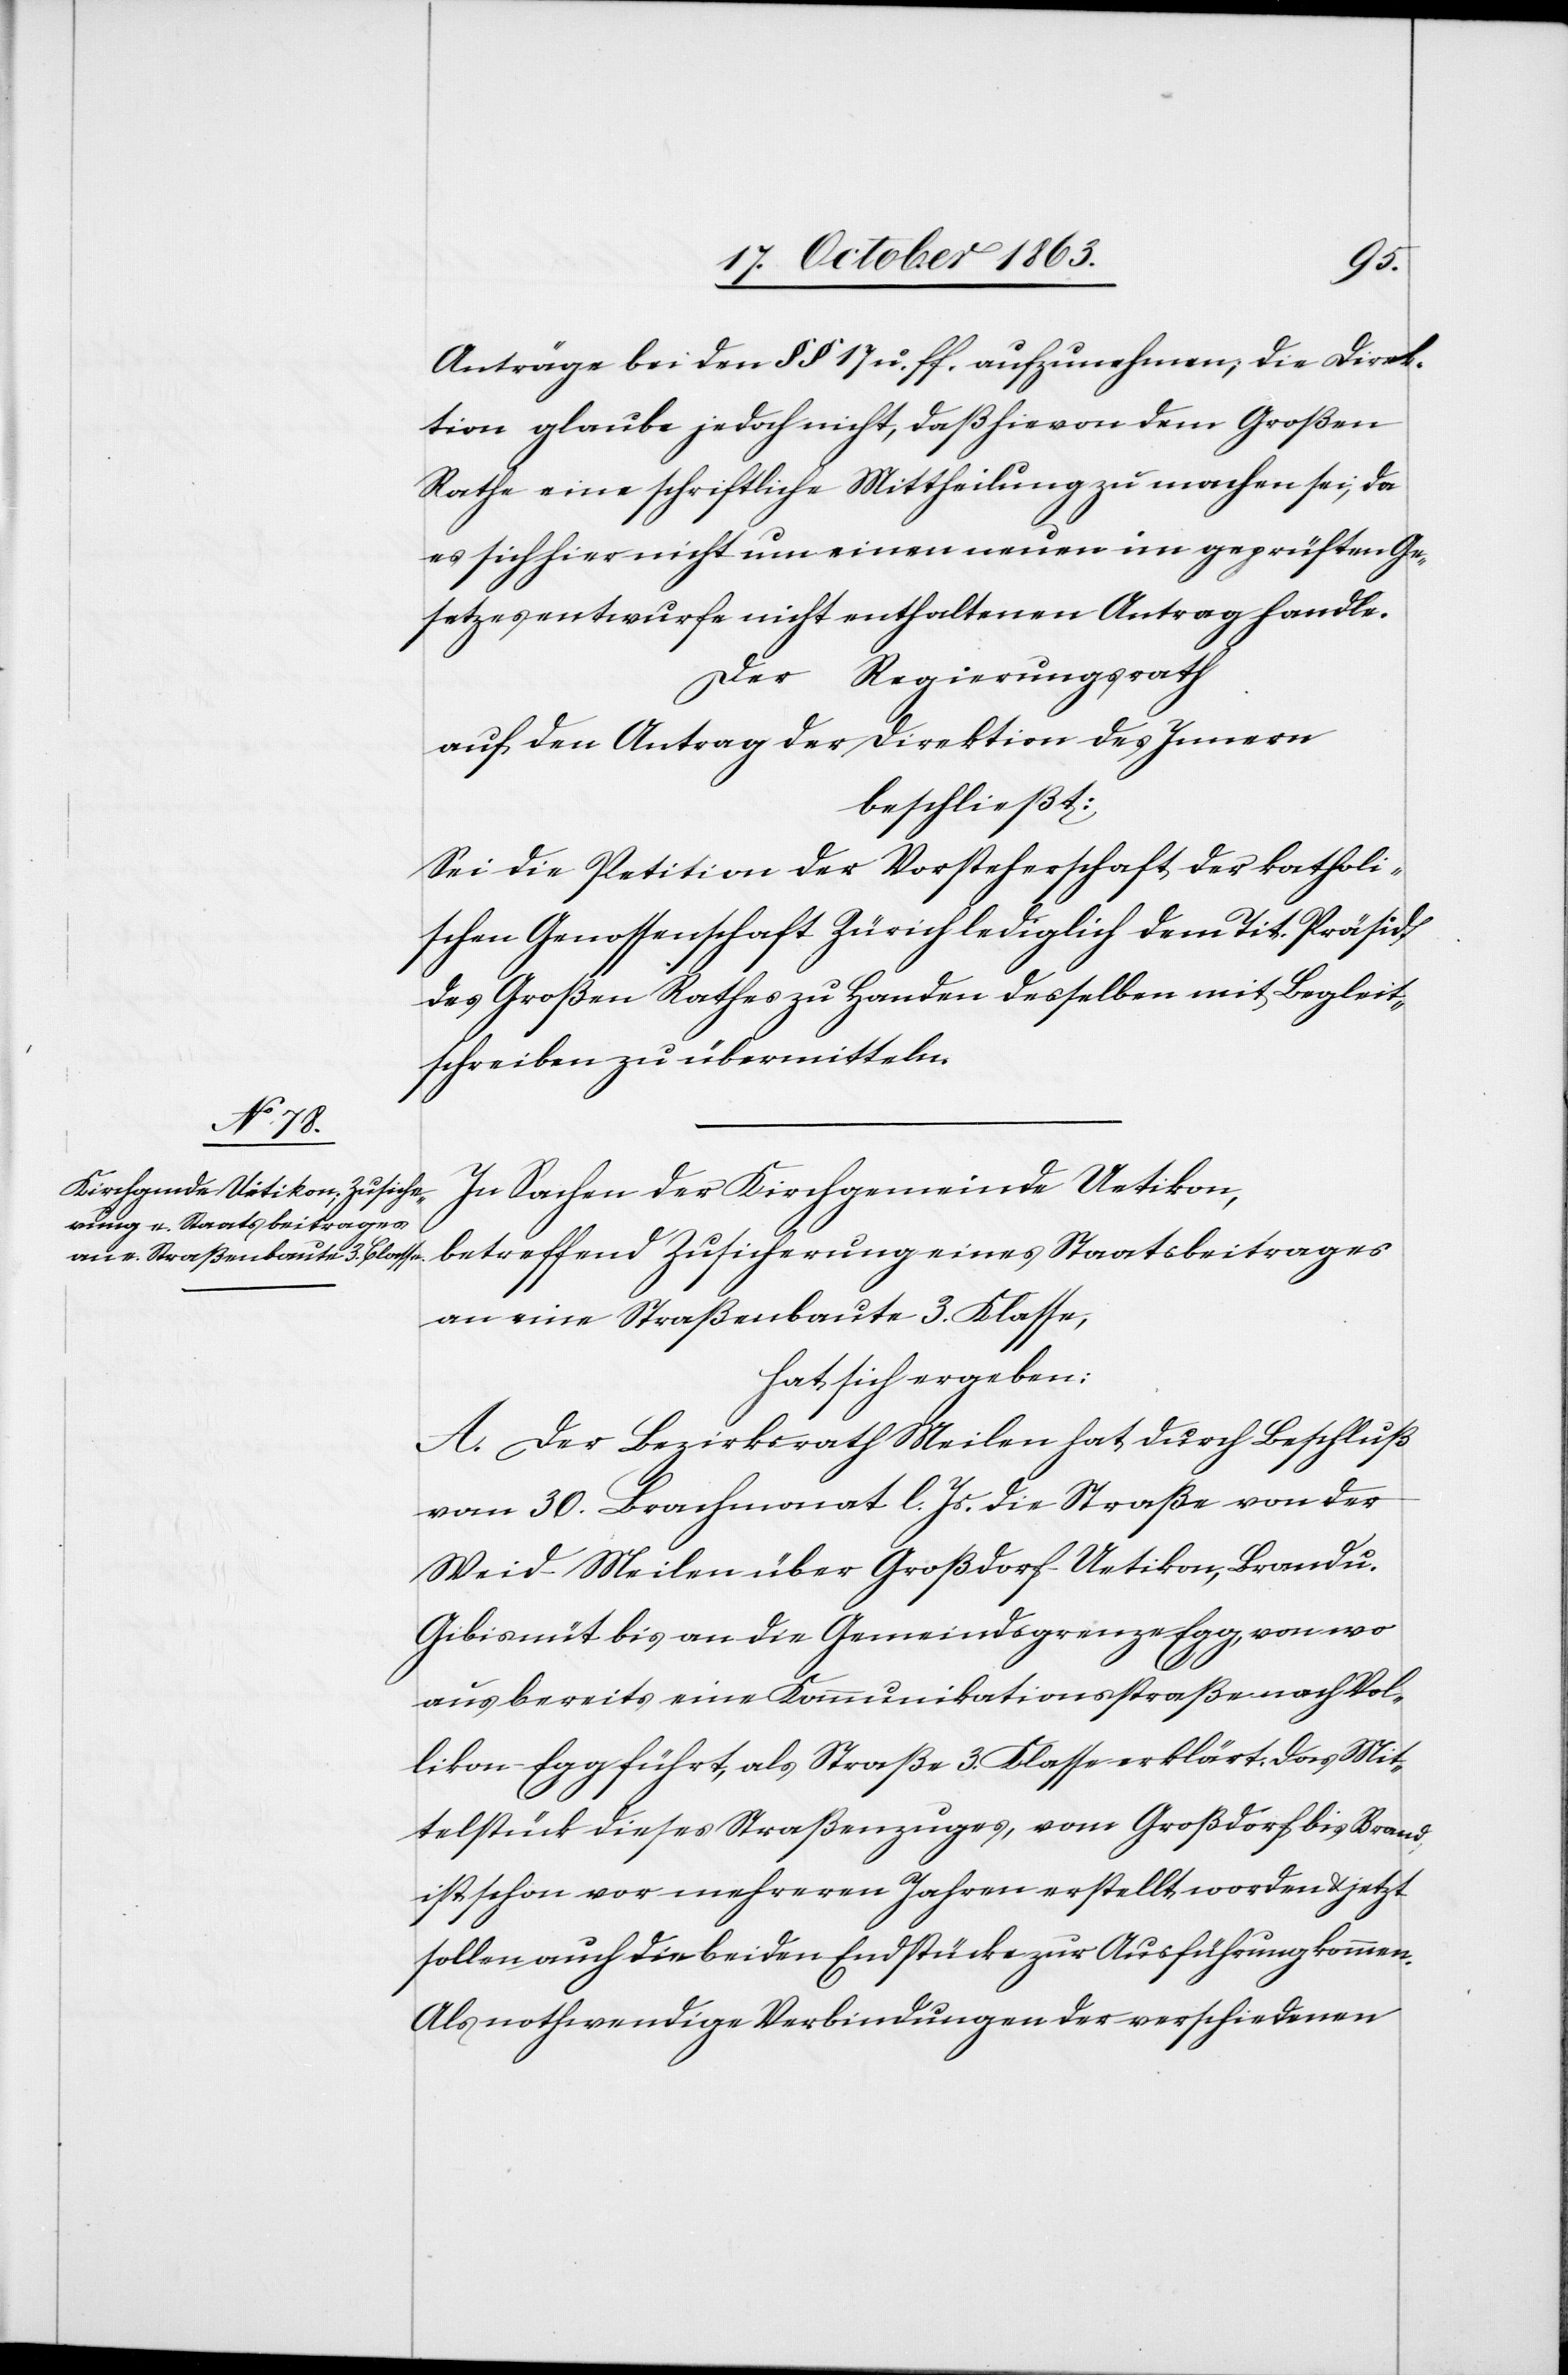
Anträge bei den §§ 17 u. ff. aufzunehmen; die Direk¬
tion glaube jedoch nicht, daß hievon dem Großen
Rathe eine schriftliche Mittheilung zu machen sei, da
es sich hier nicht um einen neuen im geprüften Ge¬
setzesentwurfe nicht enthaltenen Antrag handle.
Der Regierungsrath
auf den Antrag der Direktion des Innern
beschließt:
Sei die Petition der Vorsteherschaft der katholi¬
schen Genossenschaft Zürich lediglich dem Tit. Präsid.
des Großen Rathes zu Handen desselben mit Begleit¬
schreiben zu übermitteln.
In Sachen der Kirchgemeinde Uetikon,
betreffend Zusicherung eines Staatsbeitrages
an eine Straßenbaute 3. Klasse,
hat sich ergeben:
A. Der Bezirksrath Meilen hat durch Beschluß
vom 30. Brachmonat l. Js. die Straße von der
Weid-Meilen über Großdorf-Uetikon, Brand u.
Gibisnüt bis an die Gemeindsgrenze Egg, von wo
aus bereits eine Kommunikationsstraße nach Vol¬
likon-Egg führt, als Straße 3. Klasse erklärt. Das Mit¬
telstück dieses Straßenzuges, vom Großdorf bis Brand,
ist schon vor mehreren Jahren erstellt worden & jetzt
sollen auch die beiden Endstücke zur Ausführung kommen.
Als nothwendige Verbindungen der verschiedenen